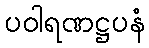
ပဝါရဏဋ္ဌပနံ